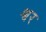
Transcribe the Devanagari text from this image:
श्वर